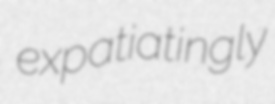
expatiatingly